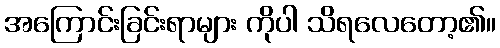
အကြောင်းခြင်းရာများ ကိုပါ သိရလေတော့၏။